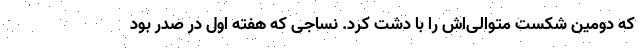
که دومین شکست متوالی‌اش را با دشت کرد. نساجی که هفته اول در صدر بود